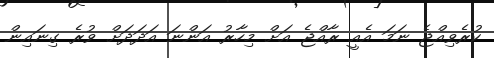
ކުރެވިއްޖެ ނަމަ އެއީ ރާއްޖެ އަށް މިހާރު އަންނަ އަދަދަށް ވުރެ ގިނައިން